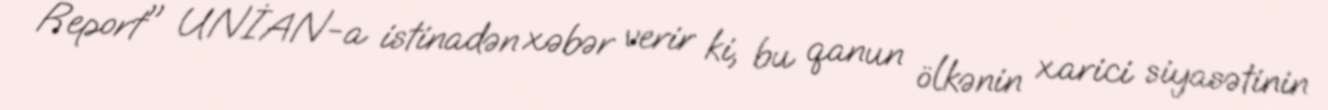
Report" UNİAN-a istinadən xəbər verir ki, bu qanun ölkənin xarici siyasətinin